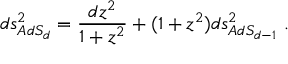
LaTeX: d s _ { A d S _ { d } } ^ { 2 } = { \frac { d z ^ { 2 } } { 1 + z ^ { 2 } } } + ( 1 + z ^ { 2 } ) d s _ { A d S _ { d - 1 } } ^ { 2 } \ .